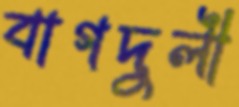
বাগদুলী